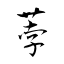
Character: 荸